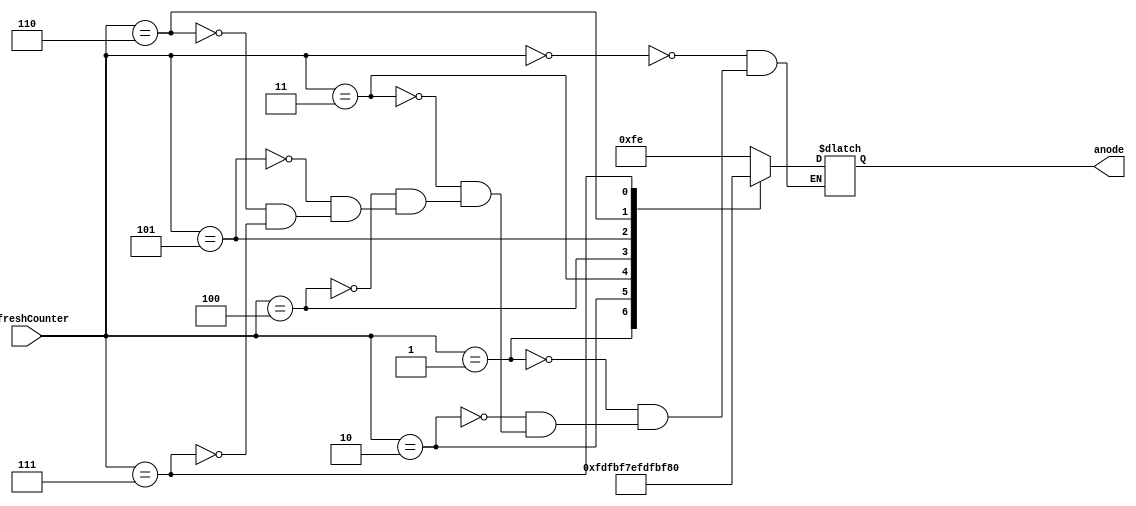
module anode_control(
    input wire [3:0]refreshCounter,
    output reg [7:0] anode = 0
    );
    
    always @(refreshCounter)
    begin 
        case(refreshCounter)
            4'd0: anode = 8'b11111110; // right-most digit ON
            4'd1: anode = 8'b11111101; // mid-right digit ON
            4'd2: anode = 8'b11111011; // mid-left digit ON
            4'd3: anode = 8'b11110111; // left-most digit ON
            4'd4: anode = 8'b11101111; // right-most digit ON
            4'd5: anode = 8'b11011111; // mid-right digit ON
            4'd6: anode = 8'b10111111; // mid-left digit ON
            4'd7: anode = 8'b01111111; // left-most digit ON
        endcase
    end
    
endmodule